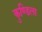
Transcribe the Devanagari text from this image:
कुण्डिला